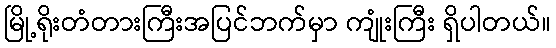
မြို့ရိုးတံတားကြီးအပြင်ဘက်မှာ ကျုံးကြီး ရှိပါတယ်။